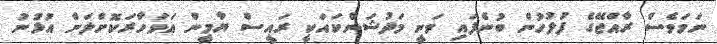
ނަމަވެސް ރާއްޖޭގެ ފުލުހުން ބުނެފައި ވަނީ މަދުޝަންކައަކީ ރައީސް ޔާމީން އަވަހާރަކޮށްލަން އުޅުނު